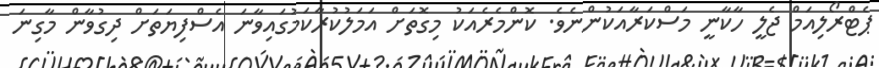
ޕެޓްރޯލިއަމް ޖެލީ ހާކާނީ މަސްކަރާއަކުންނެވެ. ކޮންމެރެއަކު މިގޮތަށް އަަމަލުކުރާކަމުގައިވާނަ އެސްފިޔަތަށް ދިގުވާން މާގިނަ